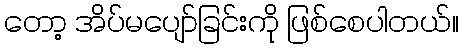
တော့ အိပ်မပျော်ခြင်းကို ဖြစ်စေပါတယ်။